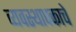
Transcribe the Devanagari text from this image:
व्यवस्थापकाचे